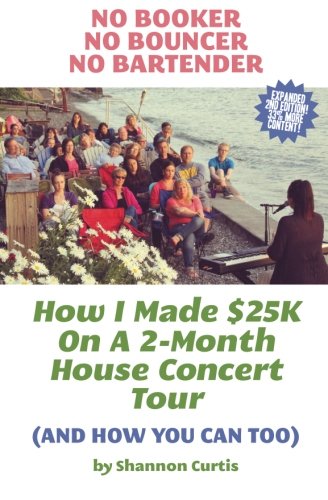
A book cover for No Booker, No Bouncer, No Bartender: How I Made $25K On A 2-Month House Concert Tour (And How You Can Too); Shannon Curtis; Arts & Photography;